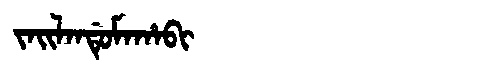
Manchu: ᠵᠠᡳᠯᠠᠨᡩᡠᠮᠠᡥᠠᠪᡳ
Romanization: JAILANDUMAHABI